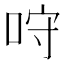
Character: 𠱔